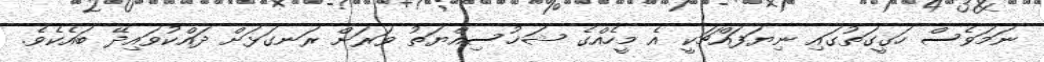
ނަމަވެސް ހަގީގަތުގައި ނިޔަފައްޗަކީ އެ މީހެއްގެ ޝަޚުސިއްޔަތު ވަރަށް ރަނގަޅަށް ދައްކުވައިދޭ ބައެކެވެ.